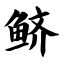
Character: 鲚